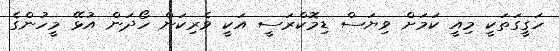
ހަގީގަތަކީ މިއީ ކަމަށް ވިޔަސް ޑިމޮކްރަސީ އަކީ ވެރިކަން ހޯދަން އުޅޭ މީހުންގެ